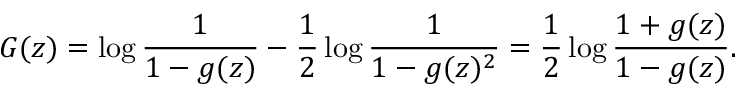
G ( z ) = \log { \frac { 1 } { 1 - g ( z ) } } - { \frac { 1 } { 2 } } \log { \frac { 1 } { 1 - g ( z ) ^ { 2 } } } = { \frac { 1 } { 2 } } \log { \frac { 1 + g ( z ) } { 1 - g ( z ) } } .